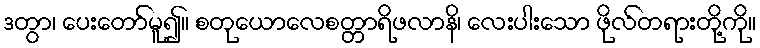
ဒတွာ၊ ပေးတော်မူ၍။ စတုယောလေစတ္တာရိဖလာနိ၊ လေးပါးသော ဖိုလ်တရားတို့ကို။